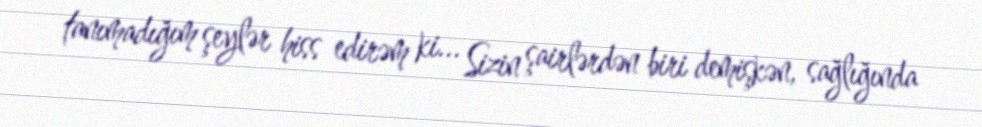
tanımadığım şeylər hiss edirəm ki... Sizin şairlərdən biri demişkən, sağlığında